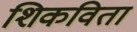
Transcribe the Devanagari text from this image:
शिकविता